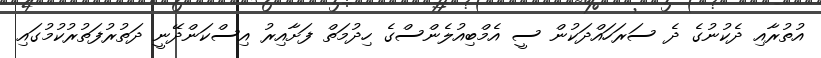
އުތުރާއި ދެކުނުގެ ދެ ސަރަހައްދަކުން ސީ އެމްބިއުލެންސްގެ ހިދުމަތް ފަށާއިރު އިސްކަންދޭނީ ދަތުރުފަތުރުކުމުގައި